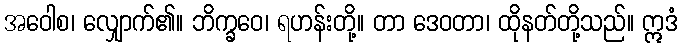
အဝေါစ၊ လျှောက်၏။ ဘိက္ခဝေ၊ ရဟန်းတို့။ တာ ဒေဝတာ၊ ထိုနတ်တို့သည်။ ဣဒံ